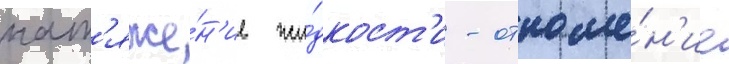
нат'яже́н'ие жи́дкост'и - отноше́н'ие